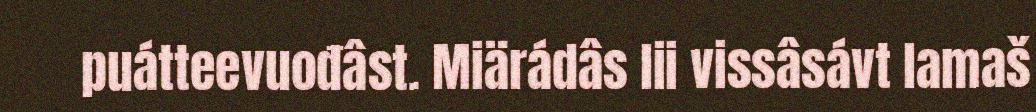
puátteevuođâst. Miärádâs lii vissâsávt lamaš